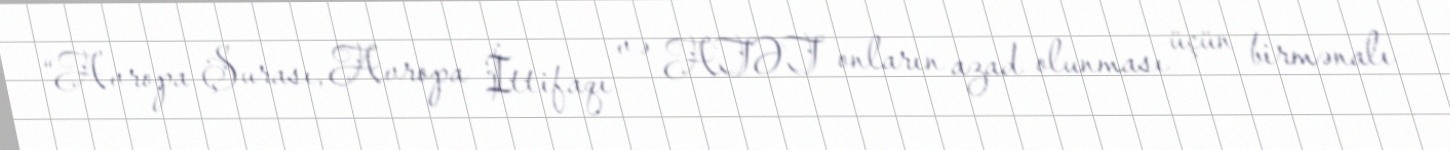
“Avropa Şurası, Avropa İttifaqı və ATƏT onların azad olunması üçün birmənalı